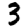
Digit: 3